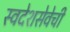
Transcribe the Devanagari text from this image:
स्वदेशसेवेची